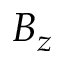
B _ { z }